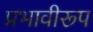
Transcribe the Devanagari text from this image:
प्रभावीरूप